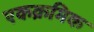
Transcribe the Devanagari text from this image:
एकक्रमिक